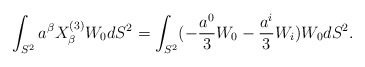
\begin{align*} \int_{S^2} a^{\beta} X_{\beta}^{(3)} W_0 dS^2= \int_{S^2} (-\frac{a^0}{3}W_0- \frac{a^i}{3}W_i) W_0 dS^2.\end{align*}